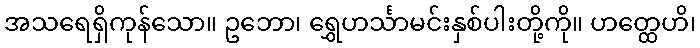
အသရေရှိကုန်သော။ ဥဘော၊ ရွှေဟင်္သာမင်းနှစ်ပါးတို့ကို။ ဟတ္ထေဟိ၊